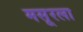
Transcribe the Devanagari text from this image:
मसूरला